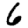
Digit: 6